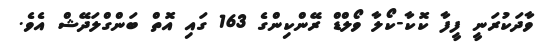
ވާދަކުރަނީ ފީފާ ކޮކާ-ކޯލާ ވޯލްޑް ރޭންކިންގެ 163 ގައި އޮތް ބަންގްލަދޭޝް އެވެ.